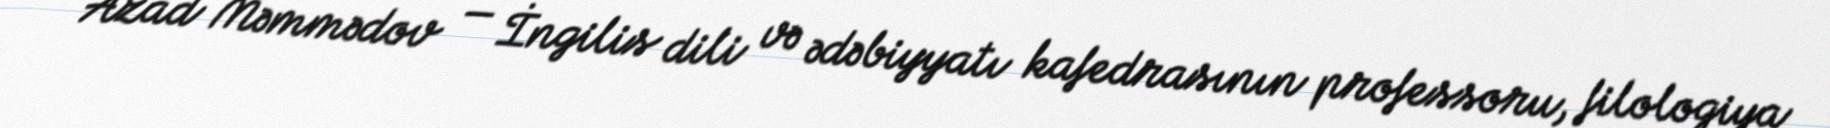
Azad Məmmədov — İngilis dili və ədəbiyyatı kafedrasının professoru, filologiya